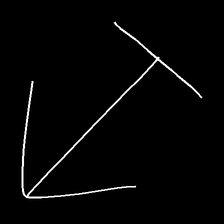
Glyph: levitation